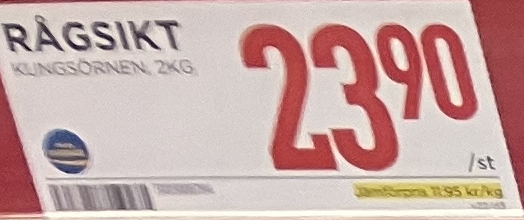
Vara: Rågsikt
Genomsnittspris: 11.95 per kg